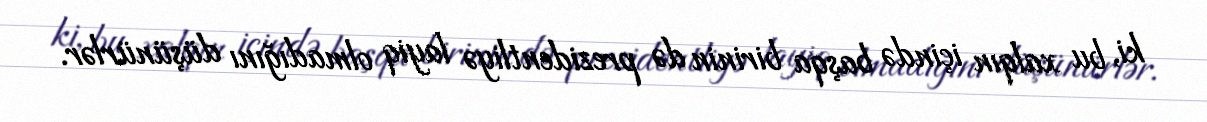
ki, bu xalqın içində başqa birinin də prezidentliyə layiq olmadığını düşünürlər.